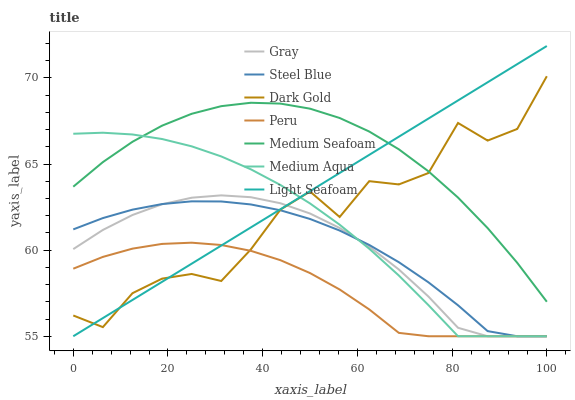
| xaxis_label | Gray | Steel Blue | Dark Gold | Peru | Medium Seafoam | Medium Aqua | Light Seafoam |
 | --- | --- | --- | --- | --- | --- | --- | --- |
 | 0 | 60.1 | 61.2 | 56.2 | 58.9 | 63.7 | 66.8 | 55 |
 | 6.25 | 61.2 | 61.9 | 55.5 | 59.6 | 65.1 | 66.8 | 56.1 |
 | 12.5 | 62 | 62.4 | 57.5 | 60.1 | 66.3 | 66.7 | 57.1 |
 | 18.8 | 62.7 | 62.7 | 58.3 | 60.4 | 67.2 | 66.5 | 58.2 |
 | 25 | 63 | 62.8 | 58.6 | 60.4 | 67.9 | 66 | 59.2 |
 | 31.2 | 63.2 | 62.8 | 58.2 | 60.3 | 68.4 | 65.4 | 60.3 |
 | 37.5 | 63.1 | 62.7 | 60 | 60 | 68.6 | 64.7 | 61.3 |
 | 43.8 | 62.7 | 62.3 | 62.4 | 59.4 | 68.5 | 63.8 | 62.4 |
 | 50 | 62.1 | 61.8 | 63.4 | 58.7 | 68.2 | 62.7 | 63.4 |
 | 56.2 | 61.3 | 61.1 | 61.9 | 57.7 | 67.7 | 61.5 | 64.5 |
 | 62.5 | 60.2 | 60.3 | 64 | 56.6 | 66.9 | 60.1 | 65.5 |
 | 68.8 | 58.9 | 59.3 | 63.8 | 55.2 | 65.9 | 58.5 | 66.6 |
 | 75 | 57.3 | 58.1 | 64.5 | 55 | 64.6 | 56.8 | 67.6 |
 | 81.2 | 55.5 | 56.8 | 67.4 | 55 | 63.1 | 55 | 68.7 |
 | 87.5 | 55 | 55.3 | 66.4 | 55 | 61.3 | 55 | 69.7 |
 | 93.8 | 55 | 55 | 67 | 55 | 59.3 | 55 | 70.8 |
 | 100 | 55 | 55 | 70.1 | 55 | 57 | 55 | 71.9 |